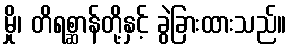
မှို၊ တိရစ္ဆာန်တို့နှင့် ခွဲခြားထားသည်။